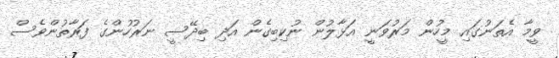
ވީމާ އެތަނުގައި މީހުން މަރުވަނީ އަޅާލުން ނުކިބިގެން އަދި ބިދޭސީ ނަރުހުންގެ ފަރާތުންވެސް